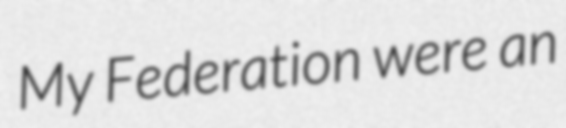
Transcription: My Federation were an